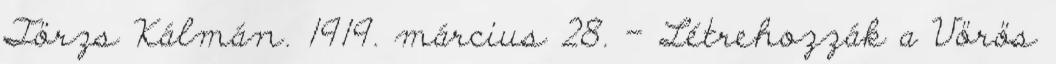
Törzs Kálmán. 1919. március 28. – Létrehozzák a Vörös